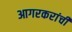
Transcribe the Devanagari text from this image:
आगरकरांची